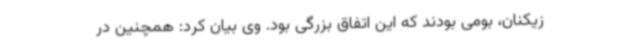
زیکنان، بومی بودند که این اتفاق بزرگی بود. وی بیان کرد: همچنین در